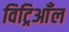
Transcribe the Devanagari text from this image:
विट्रिआँल